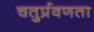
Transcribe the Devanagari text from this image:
चतुर्प्रवणता